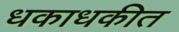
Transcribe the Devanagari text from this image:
धकाधकीत